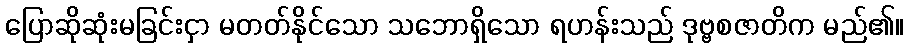
ပြောဆိုဆုံးမခြင်းငှာ မတတ်နိုင်သော သဘောရှိသော ရဟန်းသည် ဒုဗ္ဗစဇာတိက မည်၏။